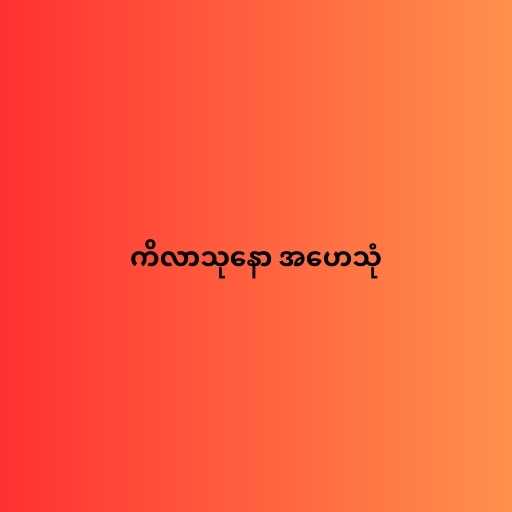
ကိလာသုနော အဟေသုံ